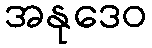
အနုဒေဝ